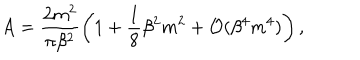
LaTeX: A = \frac { 2 m ^ { 2 } } { \pi \beta ^ { 2 } } \left( 1 + \frac { 1 } { 8 } \beta ^ { 2 } m ^ { 2 } + { \cal O } ( \beta ^ { 4 } m ^ { 4 } ) \right) ,